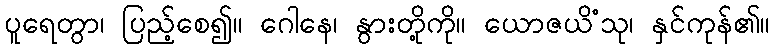
ပူရေတွာ၊ ပြည့်စေ၍။ ဂေါနေ၊ နွားတို့ကို။ ယောဇယိံသု၊ နှင်ကုန်၏။